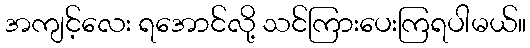
အကျင့်လေး ရအောင်လို့ သင်ကြားပေးကြရပါမယ်။